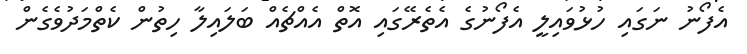
އެފޯނު ނަގައި ހުޅުވައިލީ އެފޯނުގެ އެތެރޭގައި އޮތް އެއްޗެއް ބަލައިލާ ހިތުން ކެތްމަދުވެގެން